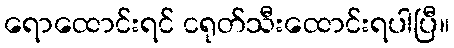
ရောထောင်းရင် ငရုတ်သီးထောင်းရပါပြီ။